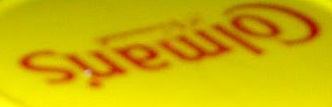
Colman's